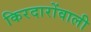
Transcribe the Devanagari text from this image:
किरदारोंवाली